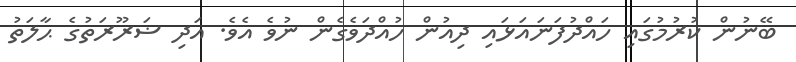
ބޭނުން ކުރުމުގައި ހައްދުފަނައަޅައި ދިއުން ހުއްދަވެގެން ނުވެ އެވެ. އަދި ޟަރޫރަތުގެ ޙާލަތު